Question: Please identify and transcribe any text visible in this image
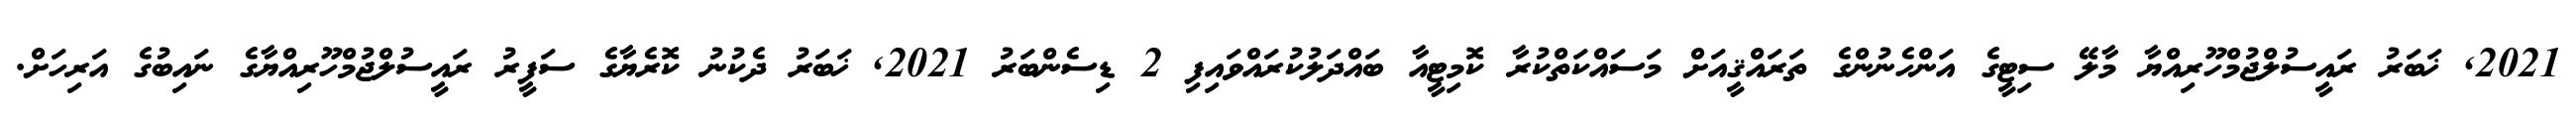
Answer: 2021, ޚަބަރު ރައީސުލްޖުމްހޫރިއްޔާ މާލޭ ސިޓީގެ އަންހެނުންގެ ތަރައްޤީއަށް މަސައްކަތްކުރާ ކޮމިޓީއާ ބައްދަލުކުރައްވައިފި 2 ޑިސެންބަރު 2021, ޚަބަރު ދެކުނު ކޮރެޔާގެ ސަފީރު ރައީސުލްޖުމްހޫރިއްޔާގެ ނައިބުގެ އަރިހަށް.